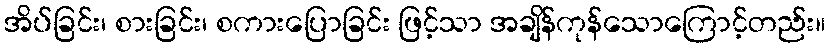
အိပ်ခြင်း၊ စားခြင်း၊ စကားပြောခြင်း ဖြင့်သာ အချိန်ကုန်သောကြောင့်တည်း။